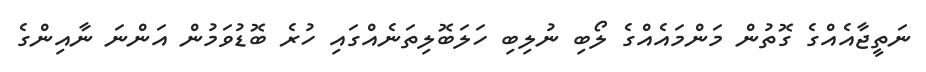
ނަތީޖާއެއްގެ ގޮތުން މަންމައެއްގެ ލޯބި ނުލިބި ހަލަބޮލިތަނެއްގައި ހުރެ ބޮޑުވަމުން އަންނަ ނާއިންގެ